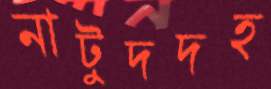
নাটুদদহ